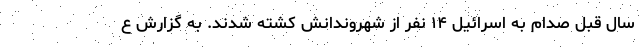
سال قبل صدام به اسرائیل ۱۴ نفر از شهروندانش کشته شدند. به گزارش ع